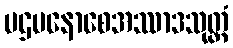
ပဌမနောစေအဿာဒသုတ္တံ